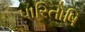
પારિતોષિ